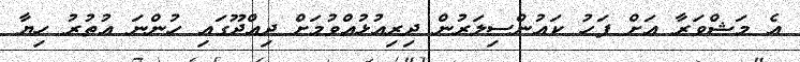
އެ މަޝްވަރާ އަށް ފަހު ކައުންސިލަރުން ދިރިއުޅުއްވުމަށް ދިއްދޫގައި ހުންނަ އުތުރު ހިޔާ